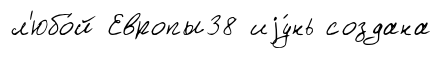
л'юбо́й Европы38 иjу́нь создана